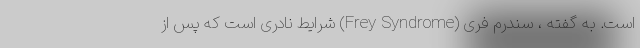
است. به گفته ، سندرم فری (Frey Syndrome) شرایط نادری است که پس از